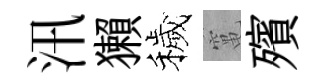
汛獺穢𥧄殯